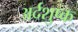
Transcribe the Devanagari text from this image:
अर्दशुष्क